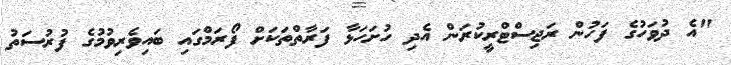
"އެ ދުވަހުގެ ފަހުން ރަޖިސްޓްރީކުރަން އެދި ހުށަހަޅާ ފަރާތްތަކަށް ފޯރަމްގައި ބައިވެރިވުމުގެ ފުރުސަތު